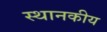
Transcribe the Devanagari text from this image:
स्थानकीय